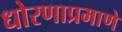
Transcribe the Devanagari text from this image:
धोरणाप्रमाणे